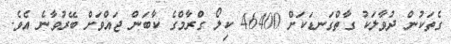
ގެތަކުން ދުވާލަކު ގާތްގަނޑަކަށް 46400 ކިލޯ ގްރާމްގެ ކާބަން ޖައްވަށް ބޭރުވާނެ އެވެ.